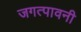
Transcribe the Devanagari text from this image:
जगत्पावनी